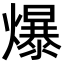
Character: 爆